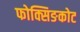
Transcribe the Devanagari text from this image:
फोक्सिङकोट